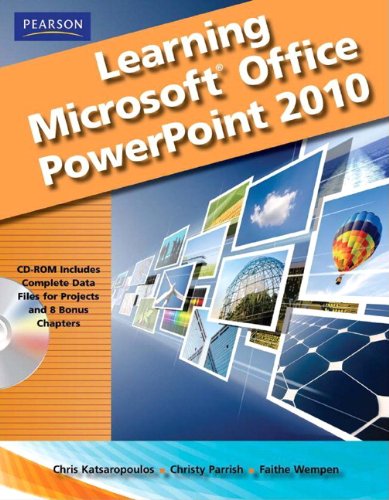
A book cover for Learning Microsoft Office PowerPoint 2010, Student Edition; Chris Katsaropolous; Computers & Technology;